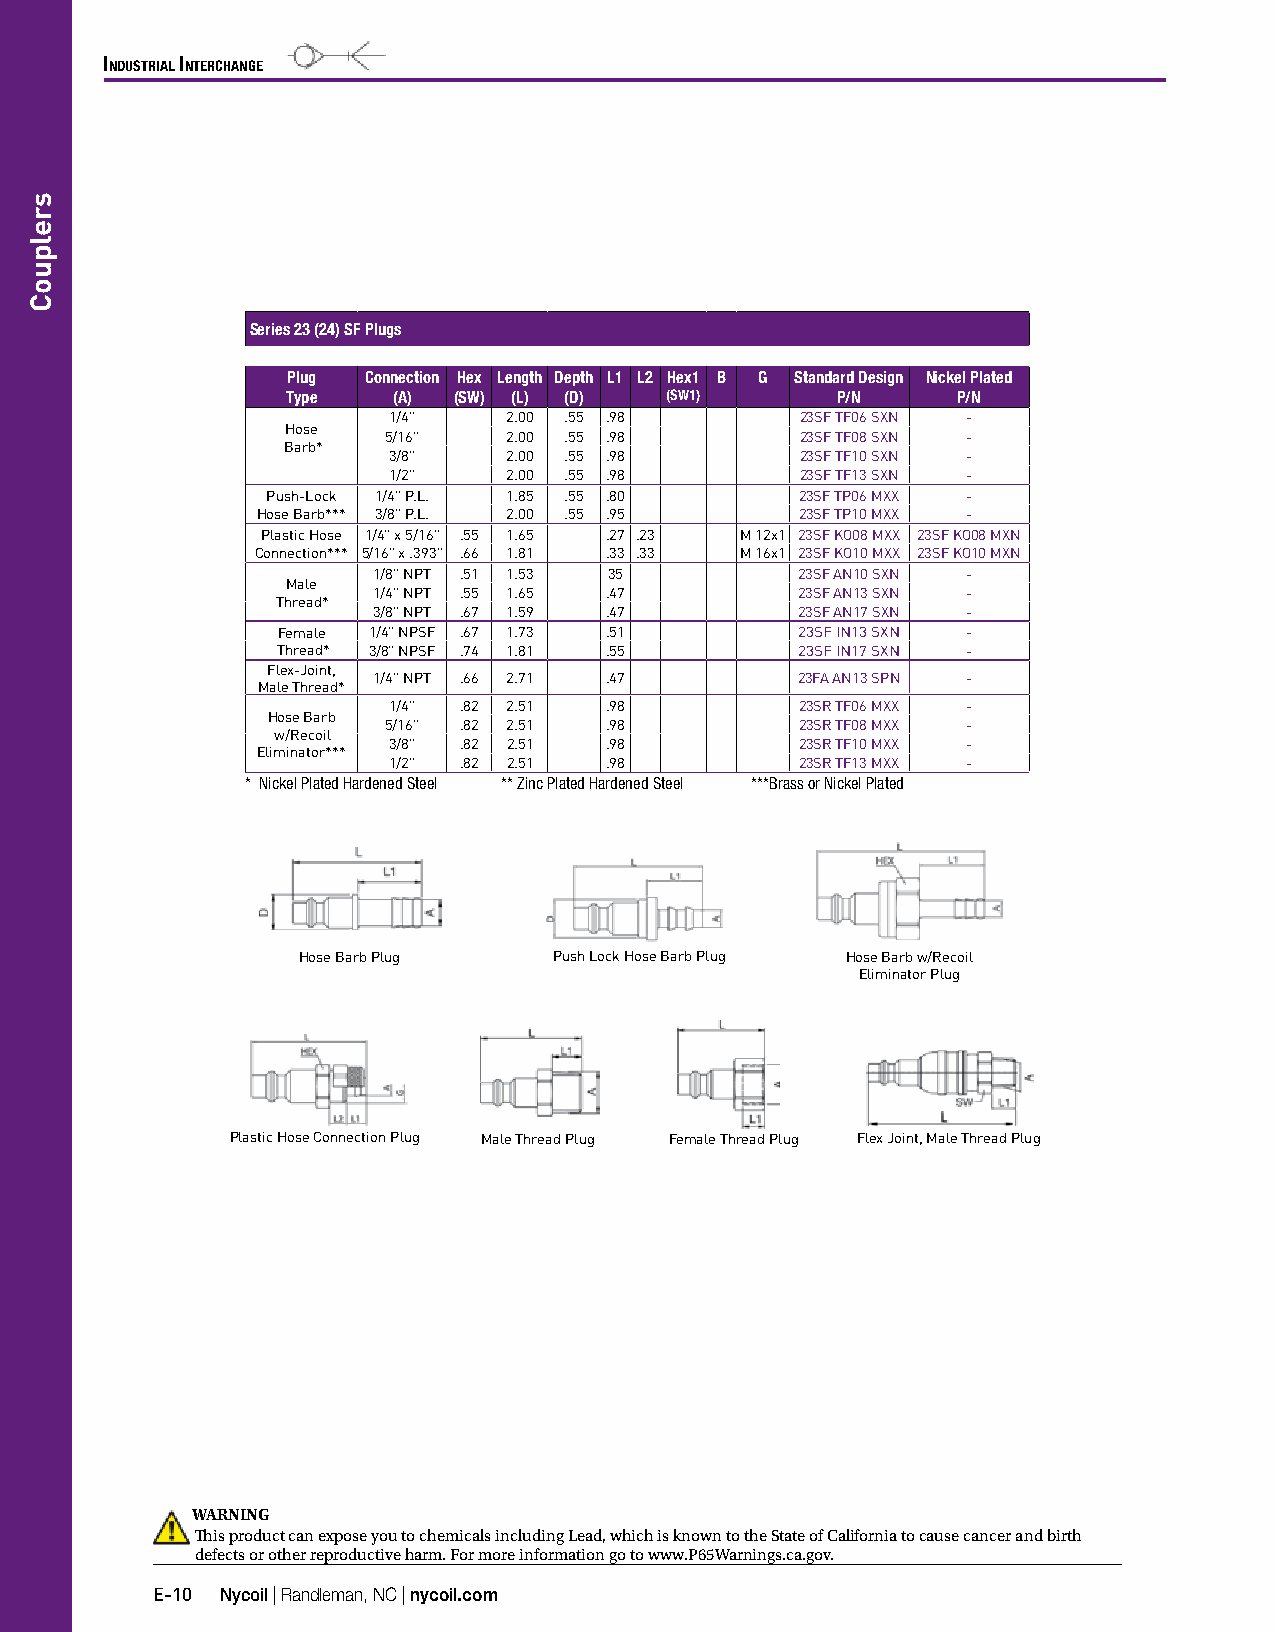
IndustrIal Interchange
 Series 23 (24) SF Plugs
 Plug Connection Hex Length Depth L1 L2 Hex1 B G Standard Design Nickel Plated
 Type   (A) (SW) (L) (D)  (SW1)      P/N     P/N
 1/4"    2.00 .55 .98       23SF TF06 SXN -
 Hose
 5/16"   2.00 .55 .98       23SF TF08 SXN -
 Barb*
 3/8"    2.00 .55 .98       23SF TF10 SXN -
 1/2"    2.00 .55 .98       23SF TF13 SXN -
 Push-Lock 1/4" P.L. 1.85 .55 .80   23SF TP06 MXX -
 Hose Barb*** 3/8" P.L. 2.00 .55 .95 23SF TP10 MXX -
 Plastic Hose 1/4" x 5/16" .55 1.65 .27 .23 M 12x1 23SF KO08 MXX 23SF KO08 MXN
 Connection*** 5/16" x .393" .66 1.81 .33 .33 M 16x1 23SF KO10 MXX 23SF KO10 MXN
 1/8" NPT .51 1.53 35        23SF AN10 SXN -
 Male
 1/4" NPT .55 1.65 .47       23SF AN13 SXN -
 Thread*
 3/8" NPT .67 1.59 .47       23SF AN17 SXN -
 Female 1/4" NPSF .67 1.73 .51      23SF IN13 SXN -
 Thread* 3/8" NPSF .74 1.81 .55     23SF IN17 SXN -
 Flex-Joint,
 1/4" NPT .66 2.71 .47       23FA AN13 SPN -
 Male Thread*
 1/4" .82 2.51 .98          23SR TF06 MXX -
 Hose Barb
 5/16" .82 2.51 .98         23SR TF08 MXX -
 w/Recoil
 3/8" .82 2.51 .98          23SR TF10 MXX -
 Eliminator***
 1/2" .82 2.51 .98          23SR TF13 MXX -
 * Nickel Plated Hardened Steel ** Zinc Plated Hardened Steel ***Brass or Nickel Plated
 Hose Barb Plug   Push Lock Hose Barb Plug Hose Barb w/Recoil
 Eliminator Plug
 Plastic Hose Connection Plug Male Thread Plug Female Thread Plug Flex Joint, Male Thread Plug
 WARNING
 This product can expose you to chemicals including Lead, which is known to the State of California to cause cancer and birth
 defects or other reproductive harm. For more information go to www.P65Warnings.ca.gov.
 E-10 Nycoil | Randleman, NC | nycoil.com
 srelpuoC